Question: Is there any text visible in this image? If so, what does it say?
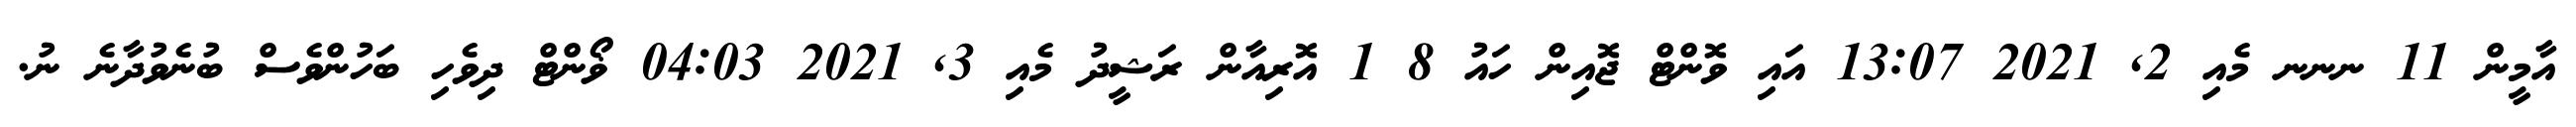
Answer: އާމީން 11 ނނނ މެއި 2, 2021 13:07 އައި ވޮންޓް ޖޮއިން ހައު 8 1 އޮރިއާން ރަޝީދު މެއި 3, 2021 04:03 ޥޯންޓް ދިވެހި ބަހުންވެސް ބުނެވުދާނެ ނު.